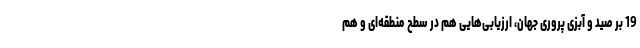
19 بر صید و آبزی پروریِ جهان، ارزیابی‌هایی هم در سطح منطقه‌ای و هم